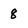
Character: 8